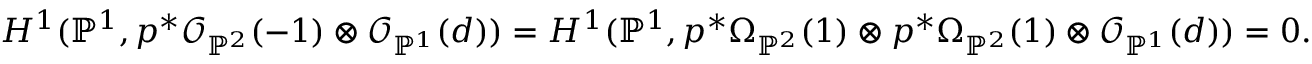
H ^ { 1 } ( { \mathbb { P } } ^ { 1 } , p ^ { * } { \mathcal O } _ { { \mathbb { P } } ^ { 2 } } ( - 1 ) \otimes { \mathcal O } _ { { \mathbb { P } } ^ { 1 } } ( d ) ) = H ^ { 1 } ( { \mathbb { P } } ^ { 1 } , p ^ { * } \Omega _ { { \mathbb { P } } ^ { 2 } } ( 1 ) \otimes p ^ { * } \Omega _ { { \mathbb { P } } ^ { 2 } } ( 1 ) \otimes { \mathcal O } _ { { \mathbb { P } } ^ { 1 } } ( d ) ) = 0 .